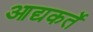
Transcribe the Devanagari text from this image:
आद्यकर्ते